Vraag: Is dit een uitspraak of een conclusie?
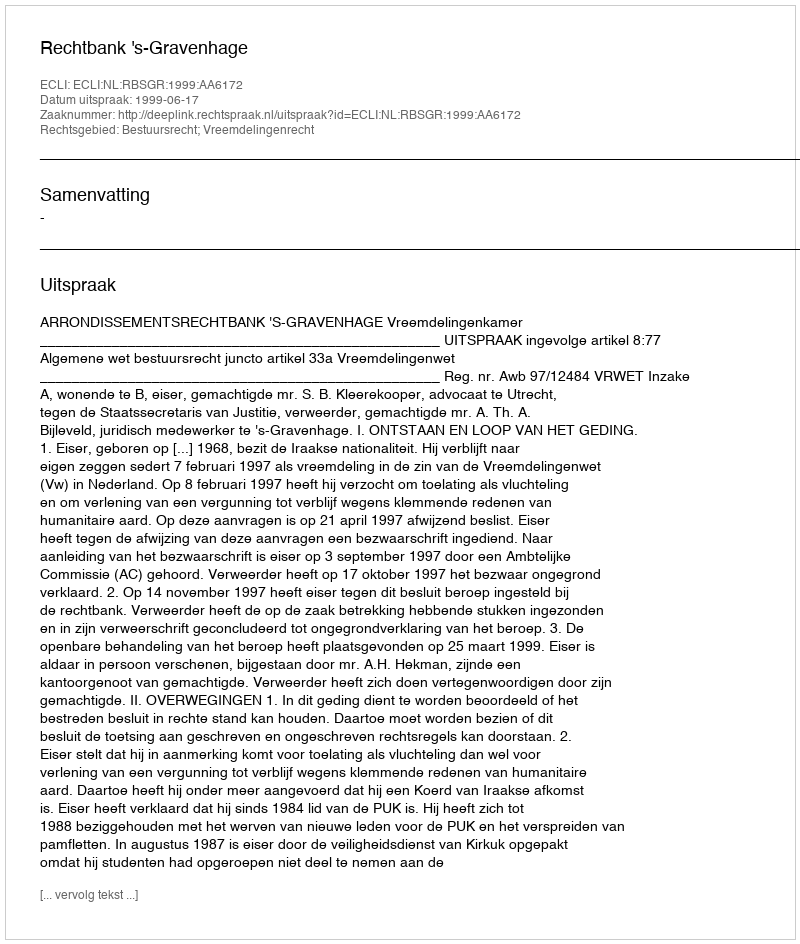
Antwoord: Uitspraak